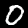
Label: 0